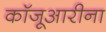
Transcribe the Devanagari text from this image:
कॉजूआरीना